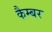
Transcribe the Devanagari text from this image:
कैम्बर